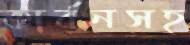
কার্বনসহ